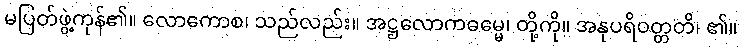
မပြတ်ဖွဲ့ကုန်၏။ လောကောစ၊ သည်လည်း။ အဋ္ဌလောကဓမ္မေ၊ တို့ကို။ အနုပရိဝတ္တတိ၊ ၏။